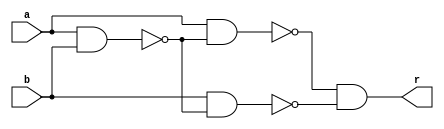
module xnor_gate(r,a,b);
output r;
input a,b;
wire c,d,e,f;
nand nand_1(c,a,b);
nand nand_2(d,a,c);
nand nand_3(e,b,c);
nand nand_4(f,d,e);
nand nand_5(r,f,f);
endmodule